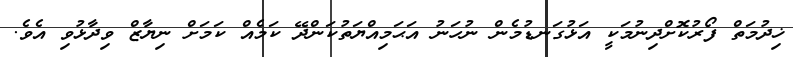
ޚިދުމަތް ފޯރުކޮށްދިނުމަކީ އަޅުގަނޑުމެން ނުހަނު އަޙަމިއްޔަތުކަންދޭ ކަމެއް ކަމަށް ނިޔާޒް ވިދާޅުވި އެވެ.